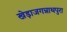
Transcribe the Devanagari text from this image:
खेड़ाजगन्नाथपुरा